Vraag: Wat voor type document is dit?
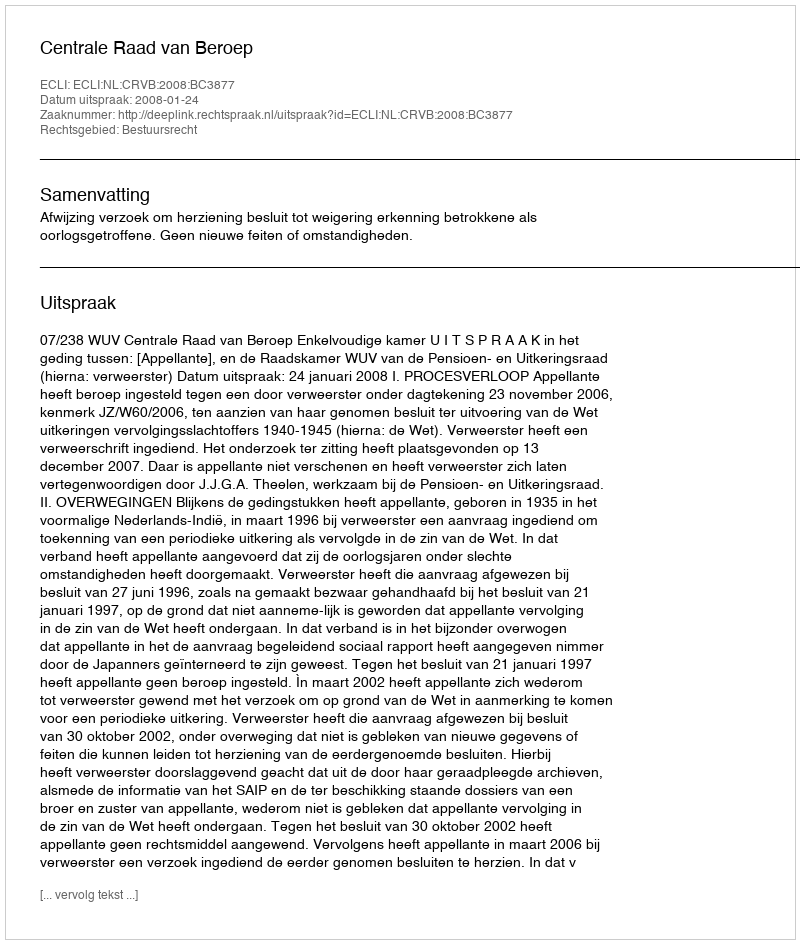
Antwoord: Uitspraak